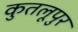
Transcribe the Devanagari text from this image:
कुतलूपुर